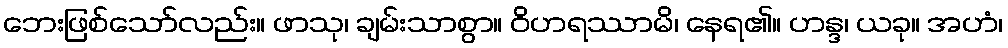
ဘေးဖြစ်သော်လည်း။ ဖာသု၊ ချမ်းသာစွာ။ ဝိဟရဿာမိ၊ နေရ၏။ ဟန္ဒ၊ ယခု။ အဟံ၊